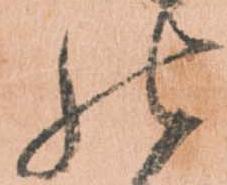
の